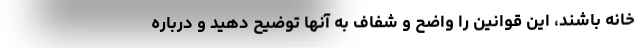
خانه باشند، این قوانین را واضح و شفاف به آنها توضیح دهید و درباره